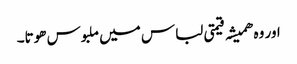
اور وہ ھمیشہ قیمتی لباس میں ملبوس ھوتا۔